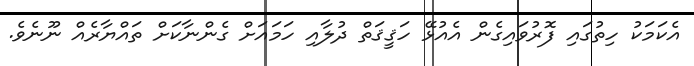
އެކަމަކު ހިތުގައި ފޮރުވައިގެން އެއުޅޭ ހަޤީޤަތް ދުލާއި ހަމައަށް ގެންނާކަށް ތައްޔާރެއް ނޫނެވެ.